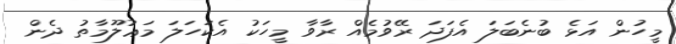
މީހުން އަޅެ ބުނެބަލަ އެފަދަ ރޭވުމެއް ރާވާ މީހަކު އެކަހަލަ މަޢުލޫމާތު ދެން